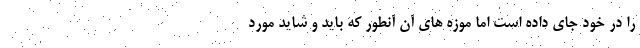
را در خود جای داده است اما موزه های آن آنطور که باید و شاید مورد